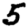
Digit: 5